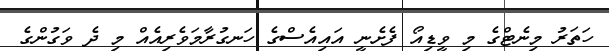
ހަތަރު މިނެޓްގެ މި ވީޑިއޯ ފެށެނީ އައިއެސްގެ ހަނގުރާމަވެރިއެއް މި ދެ ވަގުންގެ